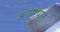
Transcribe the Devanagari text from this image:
अनुसंधान